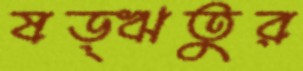
ষড়্ঋতুর